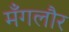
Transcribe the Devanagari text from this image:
मँगलौर